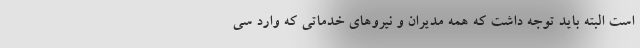
است البته باید توجه داشت که همه مدیران و نیروهای خدماتی که وارد سی